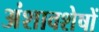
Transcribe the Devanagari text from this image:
अंशावशेषों